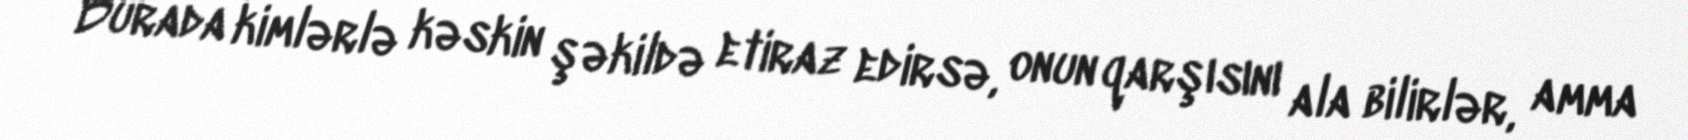
Burada kimlərlə kəskin şəkildə etiraz edirsə, onun qarşısını ala bilirlər, amma